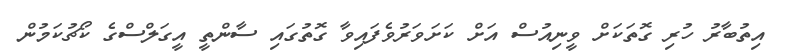
އިތުބާރު ހުރި ގޮތަކަށް ވީނިއުސް އަށް ކަށަވަރުވެފައިވާ ގޮތުގައި ސާންތީ އީގަލްސްގެ ކޯޗުކަމުން